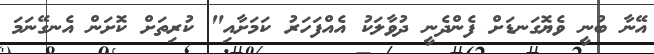
އޭނާ ބުނީ ވެޔޮގަނޑަށް ފެންދެނީ ދުވާލަކު އެއްފަހަރު ކަމަށާއި" ކުރިތަށް ކޮށަން އެނގޭނަމަ